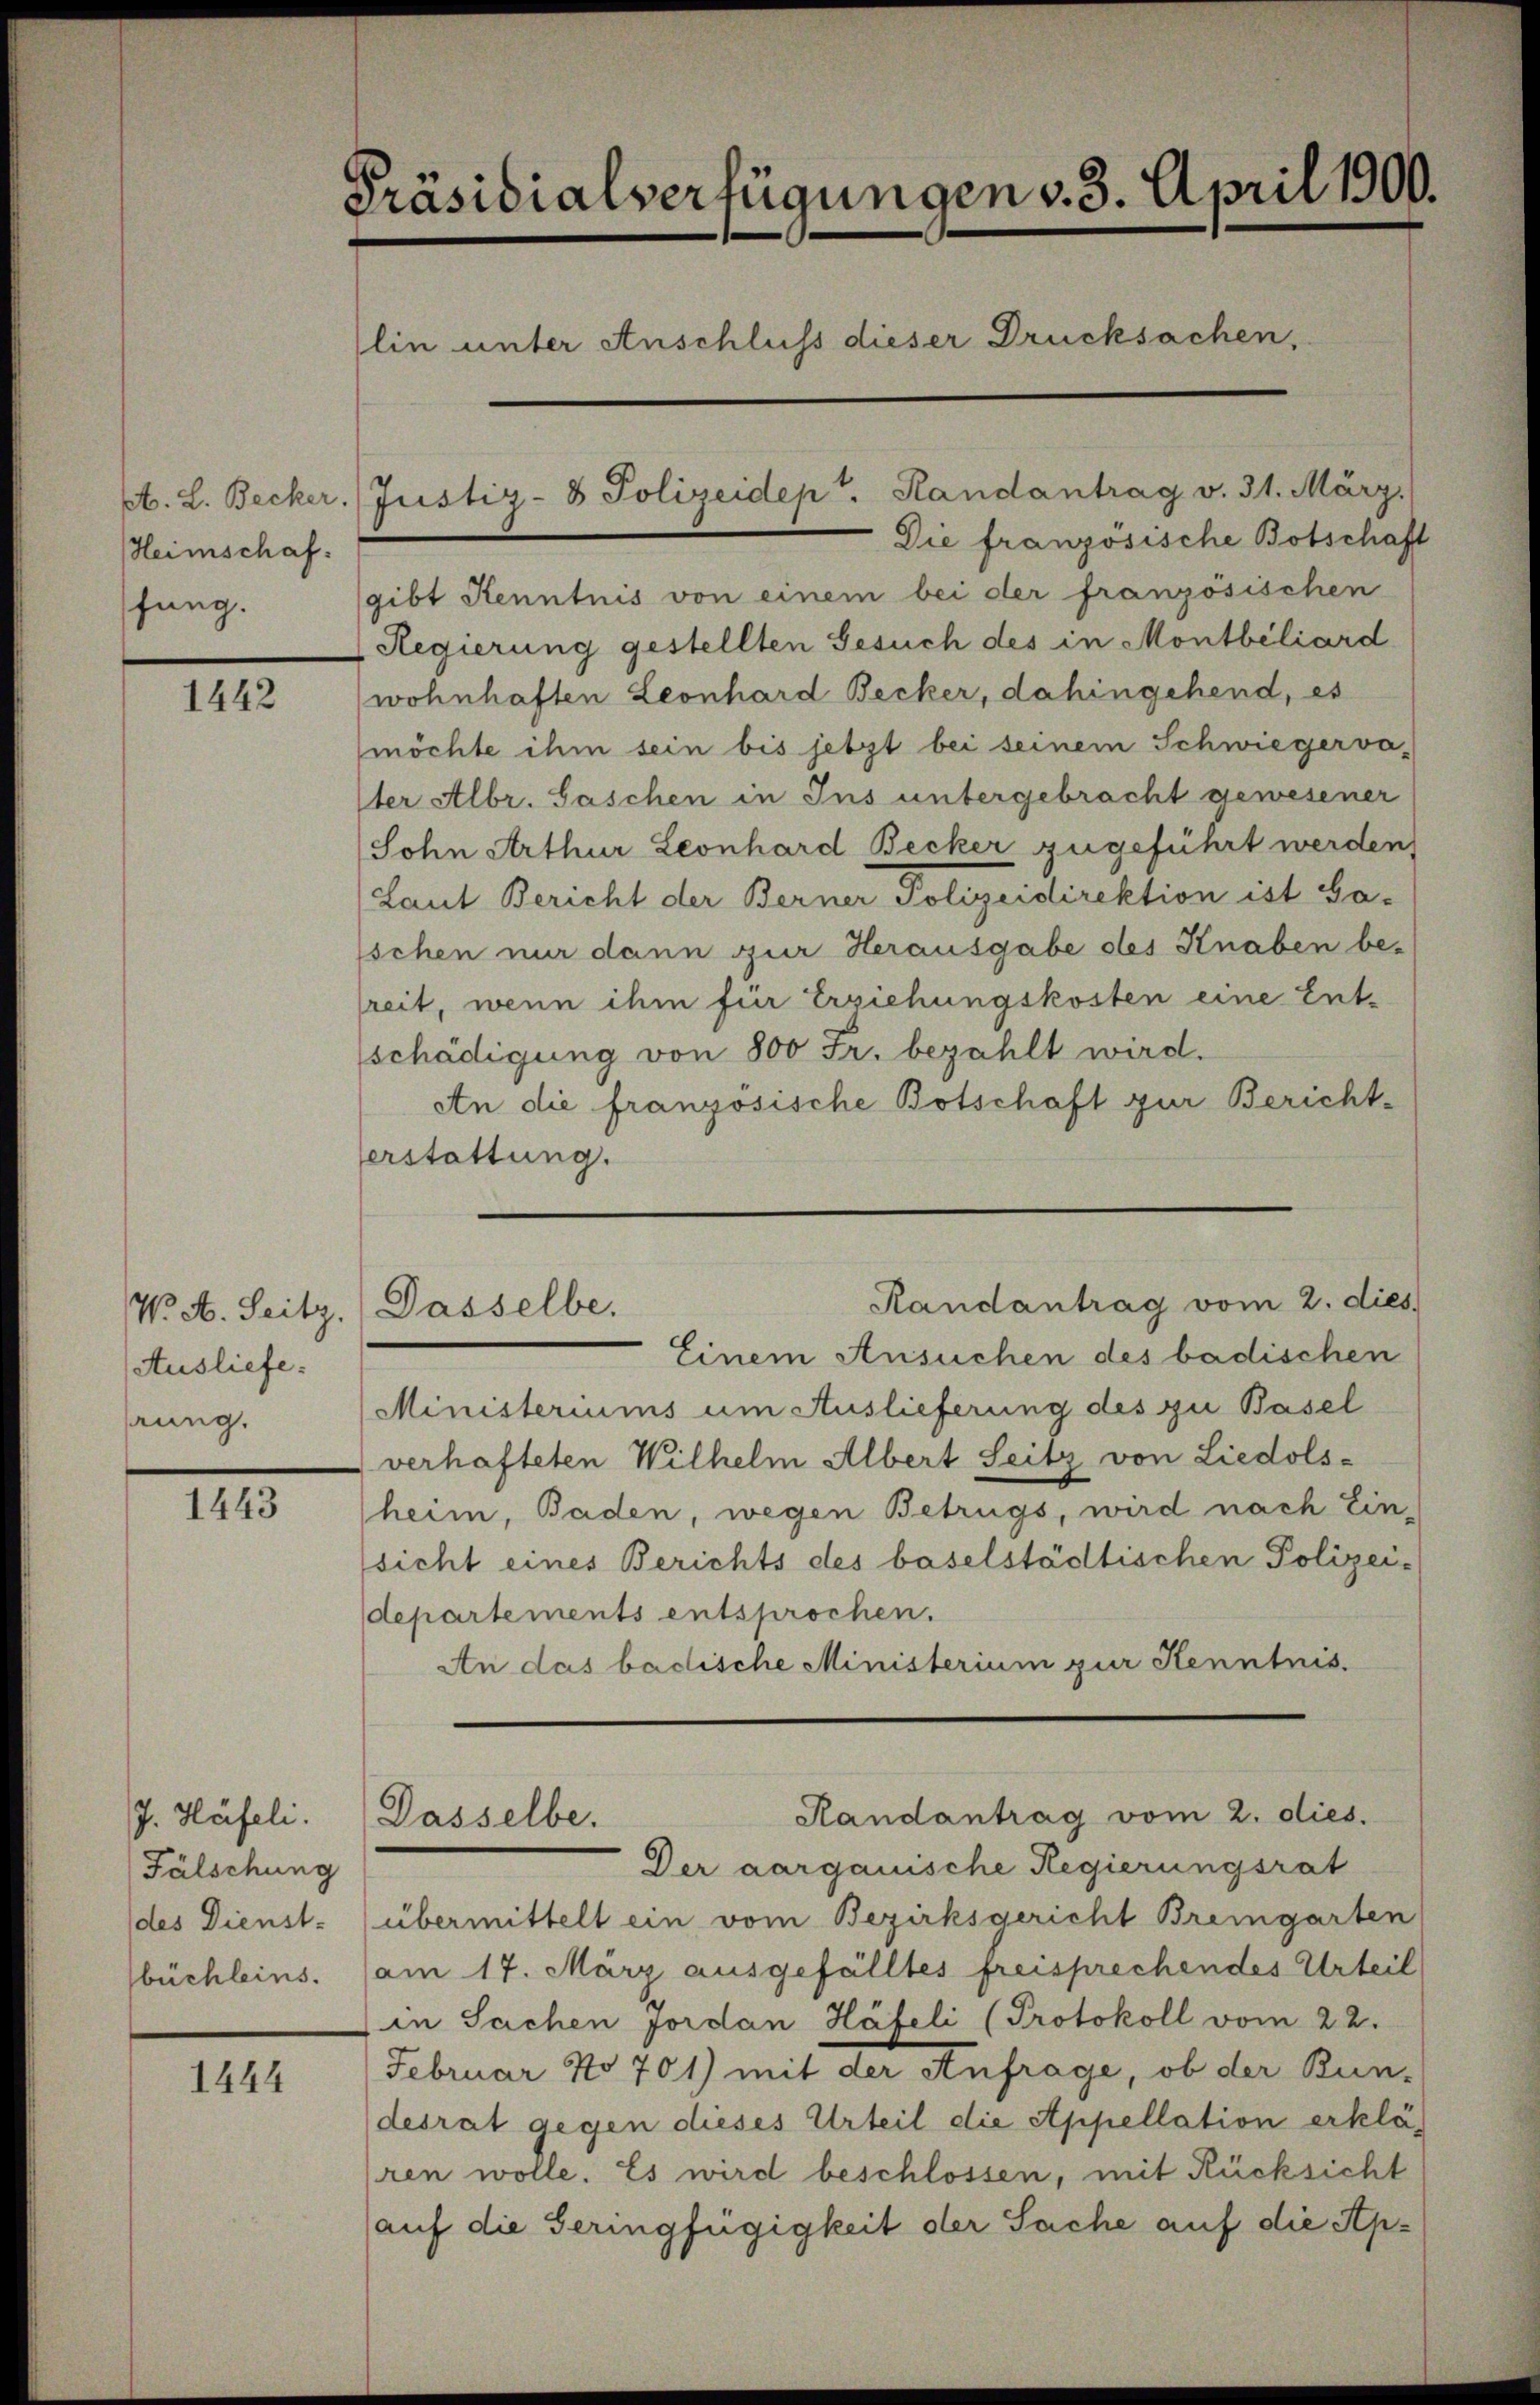
Heimschaf
fung.

1442

Ausliefe.
hrung.

III

J. Häfeli.
Fälschung
(des Dienst-
büchleins.

1444

Präsidialverfügungen v. 3. April 1900.
lin unter Anschluss dieser Drucksachen,
A. L. Becker. (Justiz- & Polizeidept. Randantrag v. 31. März.
Die französische Botschaft

gibt Kenntnis von einem bei der französischen
Regierung gestellten Gesuch des in Montbiliard
wohnhaften Leonhard Becker, dahingehend, es
möchte ihm sein bis jetzt bei seinem Schwiegervater Albr. Haschen in Ins untergebracht gewesener
Sohn Arthur Leonhard Becker zugeführt werden,
Laut Bericht der Berner Polizeidirektion ist Gaschen nur dann zur Herausgabe des Knaben be-
freit, wenn ihm für Erziehungskosten eine Ent-
schädigung von 800 Fr. bezahlt wird.
An die französische Botschaft zur Bericht-
erstattung.

Einem Ansuchen des badischen
Ministeriums um Auslieferung des zu Basel
verhafteten Wilhelm Albert Seitz von Liedols-
heim, Baden, wegen Betrugs, wird nach Ein-
sicht eines Berichts des baselstädtischen Polizei-
departements entsprochen.
An das badische Ministerium zur Kenntnis.

übermittelt ein vom Bezirksgericht Bremgarten
am 17. März ausgefälltes freisprechendes Urteil
(in Sachen Jordan Häfeli (Protokoll vom 22.
Februar No 701) mit der Anfrage, ob der Bun-
desrat gegen dieses Urteil die Appellation erklären wolle. Es wird beschlossen, mit Rücksicht
auf die Geringfügigkeit der Sache auf die Ap¬

Randantrag vom 2. dies
N. N. Seitz. Dasselbe.

Randantrag vom 2. dies.
Dasselbe.
Der aargauische Regierungsrat